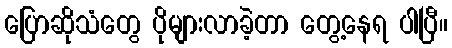
ပြောဆိုသံတွေ ပိုများလာခဲ့တာ တွေ့နေရ ပါပြီ။